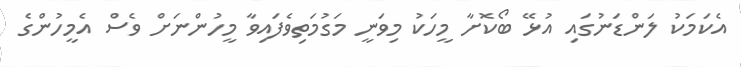
އެކަމަކު ލަންޑަނުގައި އުޅޭ ބޯކޮށާ މީހަކު މިވަނީ މަގުމަތިވެފައިވާ މީހުންނަށް ވެސް އެމީހުންގެ